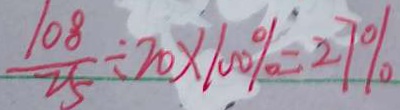
\frac { 1 0 8 } { 2 5 } \div 2 0 \times 1 0 0 \% = 2 7 \%